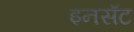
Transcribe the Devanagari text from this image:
इनसॅट